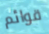
قوائم